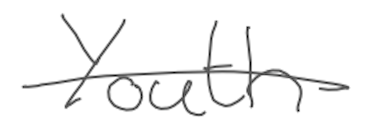
Text: Youth
Cross-out: single-line
Writing tool: digital_gray